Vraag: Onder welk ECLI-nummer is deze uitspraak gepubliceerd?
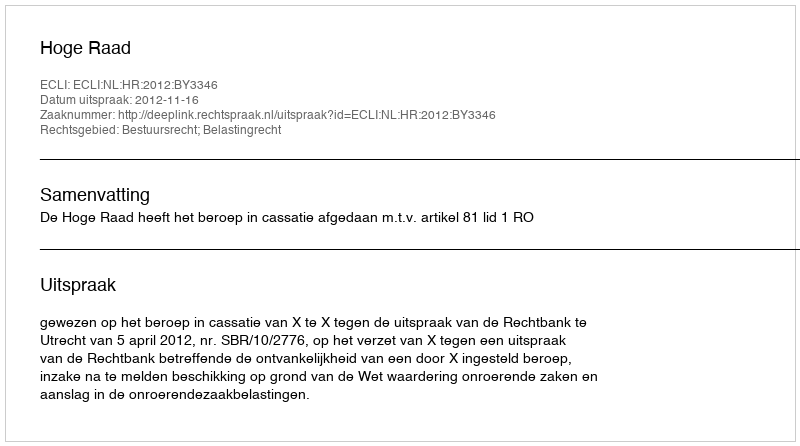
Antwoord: ECLI:NL:HR:2012:BY3346